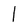
Character: l